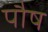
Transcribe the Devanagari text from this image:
पाैष